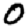
Digit: 0